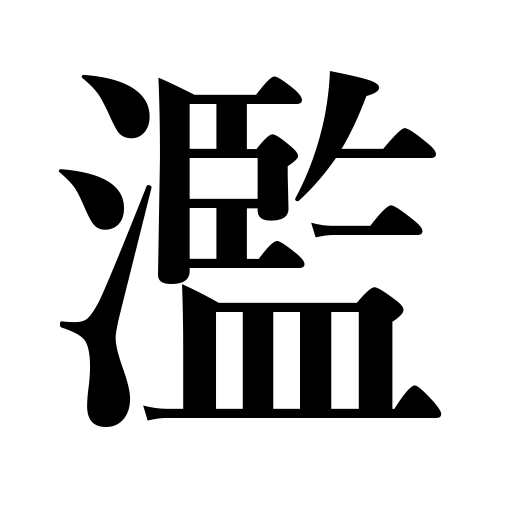
Meanings: overflow,spread over